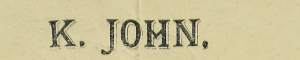
K.JOHN